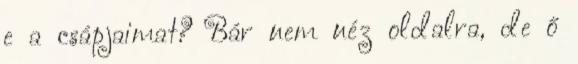
e a csápjaimat? Bár nem néz oldalra, de ő